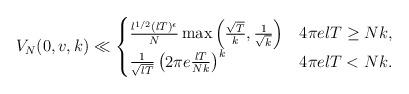
LaTeX: \begin{align*} V_N(0,v,k)\ll \begin{cases} \frac{l^{1/2}(lT)^{\epsilon}}{N}\max{\left( \frac{\sqrt{T}}{k},\frac{1}{\sqrt{k}}\right)} & 4\pi elT\geq Nk,\\ \frac{1}{\sqrt{lT}}\left(2\pi e\frac{lT}{Nk}\right)^k & 4\pi elT<Nk. \end{cases}\end{align*}